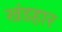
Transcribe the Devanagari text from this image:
खंडहार